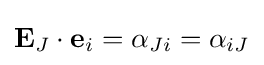
\mathbf {E} _{J}\cdot \mathbf {e} _{i}=\alpha _{Ji}=\alpha _{iJ}